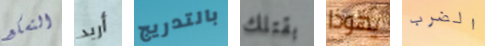
التسكع أريد بالتدريج بقتلك يهوذا الضرب